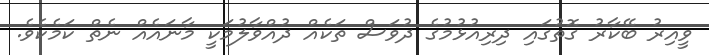
ވީއިރު ބޭކާރު ގޮތުގައި ދިރިއުޅުމުގެ ދުވަސް ތަކެއް ދުއްވާލުމަކީ މާނައެއް ނެތް ކަމެކެވެ.